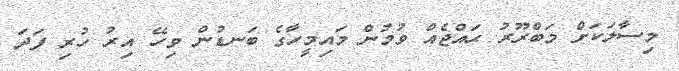
މިސާލަކަށް މަބްރޫރު ޙައްޖެއް ވުމުން މައިމީހާގެ ބަނޑުން ވިހޭ އިރު ހުރި ފަދަ